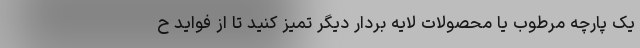
یک پارچه مرطوب یا محصولات لایه بردار دیگر تمیز کنید تا از فواید ح